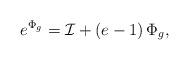
LaTeX: \begin{align*}e^{\Phi_{g}} = {\cal I} + \left( e - 1 \right) \Phi_{g},\end{align*}